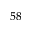
^ { 5 8 }